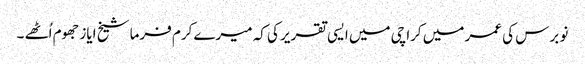
نو برس کی عمر میں کراچی میں ایسی تقریر کی کہ میرے کرم فرما شیخ ایاز جھوم اُٹھے ۔